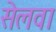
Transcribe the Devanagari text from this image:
सेलवा